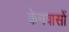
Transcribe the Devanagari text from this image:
केनवासों